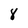
Character: 8